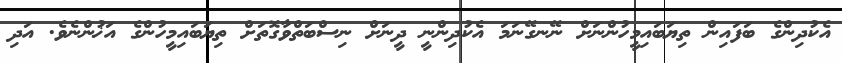
އެކުދިންގެ ބަފައިން ތިޔަބައިމީހުންނަށް ނޭނގޭނަމަ އެކުދިންނީ ދީނަށް ނިސްބަތްވާގޮތަށް ތިޔަބައިމީހުންގެ އަޚުންނެވެ. އަދި